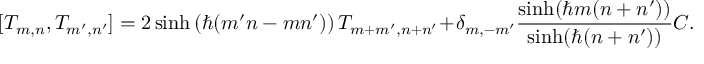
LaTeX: [ T _ { m , n } , T _ { m ^ { \prime } , n ^ { \prime } } ] = 2 \sinh \left( \hbar ( m ^ { \prime } n - m n ^ { \prime } ) \right) T _ { m + m ^ { \prime } , n + n ^ { \prime } } + \delta _ { m , - m ^ { \prime } } \frac { \sinh ( \hbar m ( n + n ^ { \prime } ) ) } { \sinh ( \hbar ( n + n ^ { \prime } ) ) } C .